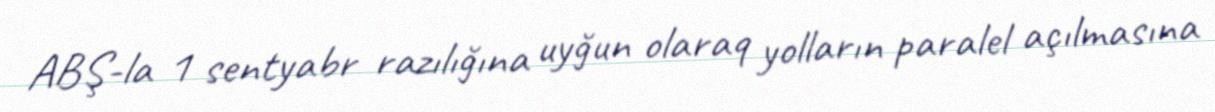
ABŞ-la 1 sentyabr razılığına uyğun olaraq yolların paralel açılmasına